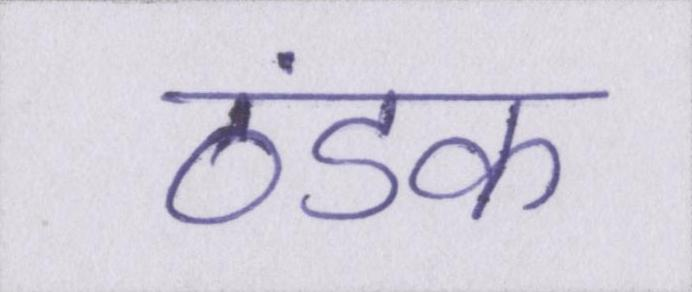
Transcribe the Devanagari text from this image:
ठंडक